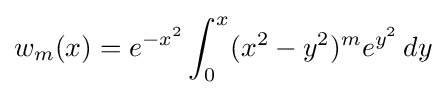
w_{m}(x)=e^{-x^{2}}\int _{0}^{x}(x^{2}-y^{2})^{m}e^{y^{2}}\,dy